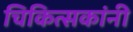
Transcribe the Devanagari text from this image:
चिकित्सकांनी